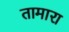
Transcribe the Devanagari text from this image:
तामारा